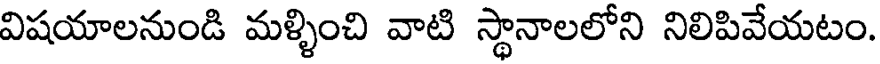
విషయాలనుండి మళ్ళించి వాటి స్థానాలలోని నిలిపివేయటం.